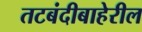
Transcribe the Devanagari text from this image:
तटबंदीबाहेरील